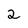
Character: 2